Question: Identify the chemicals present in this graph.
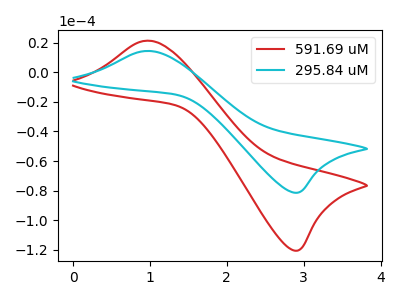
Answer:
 <answer>The red curve is labeled "591.69 uM". The cyan curve is labeled "295.84 uM".</answer>
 <eval></eval>